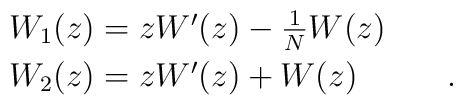
\begin{array}{l}W_1(z) = z W'(z) - \frac{1}{N} W(z) \vspace{1mm}\\W_2(z) = z W'(z) + W(z) \hspace{1cm} \ .\end{array}